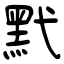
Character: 黓